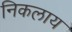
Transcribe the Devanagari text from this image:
निकलाय